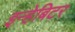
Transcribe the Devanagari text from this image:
इन्हेबिटर